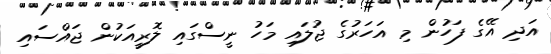
އަދި އޭގެ ފަހުން މި އަހަރުގެ ޖުލައި މަހު ނީސްގައި ލޮރީއަކުން ޖައްސައި